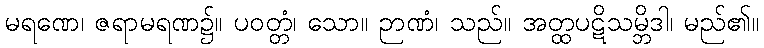
မရဏေ၊ ဇရာမရဏ၌။ ပဝတ္တံ၊ သော။ ဉာဏံ၊ သည်။ အတ္ထပဋိသမ္ဘိဒါ၊ မည်၏။